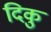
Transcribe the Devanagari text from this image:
दिकु